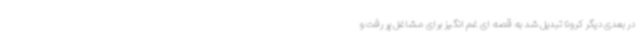
در بعدی دیگر کرونا تبدیل شد به قصه ای غم انگیز برای مشاغل پر رفت و